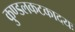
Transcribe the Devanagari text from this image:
कुण्डलकटकादयः